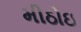
મીઠોઇ